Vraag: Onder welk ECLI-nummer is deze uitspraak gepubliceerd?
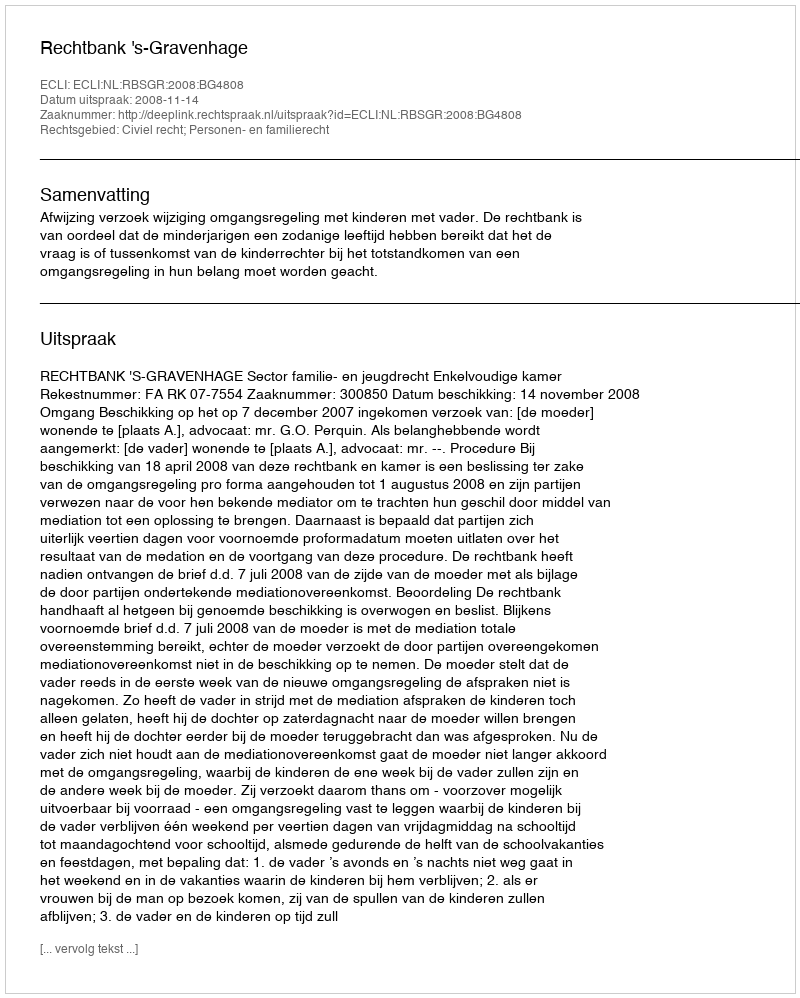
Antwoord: ECLI:NL:RBSGR:2008:BG4808